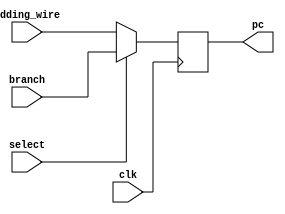
module pcCircuit (output reg [31:0]pc,input  select ,input clk,
input [31:0] branch,input [31:0] adding_wire);


initial begin pc = 32'b00000000000000000000000000101000; end


always@(posedge clk)
begin
		if(select==0)
		begin
		pc<=adding_wire;//assume input coming from header to be implemented feh tarbet al adder aly by3ml PC+4
		end
		else 
		begin
		pc<=branch;//al input aly haygy incase al select b 1 3nd al mux aly abl al PC 
		end
	end



endmodule